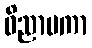
ဝိညာပကာ